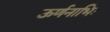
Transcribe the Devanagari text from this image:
ऊर्णनाभिः